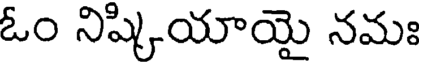
ఓం నిష్కియాయై నమః